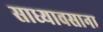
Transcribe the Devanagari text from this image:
साध्यावसाना